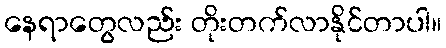
နေရာတွေလည်း တိုးတက်လာနိုင်တာပါ။